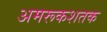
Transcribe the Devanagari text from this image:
अमरूकशतक